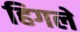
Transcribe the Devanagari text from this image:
हिगले